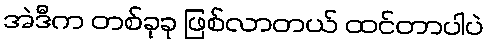
အဲဒီက တစ်ခုခု ဖြစ်လာတယ် ထင်တာပါပဲ